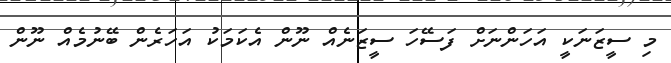
މި ސީޒަނަކީ އަހަންނަށް ފަސޭހަ ސީޒަނެއް ނޫން އެކަމަކު އަހަރެން ބޭނުމެއް ނޫން